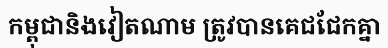
កម្ពុជានិងវៀតណាម ត្រូវបានគេជជែកគ្នា